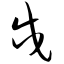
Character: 戍